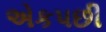
એકપછી